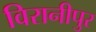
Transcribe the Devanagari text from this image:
विरानीपुर